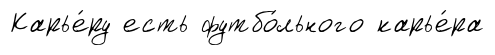
Карье́ру есть футбо́льного карье́ра